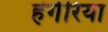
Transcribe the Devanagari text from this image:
हंगेरिया